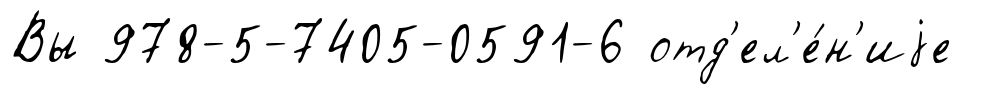
Вы 978-5-7405-0591-6 отд'ел'е́н'иjе